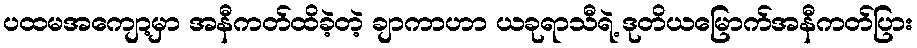
ပထမအကျော့မှာ အနီကတ်ထိခဲ့တဲ့ ချာကာဟာ ယခုရာသီရဲ့ ဒုတိယမြောက်အနီကတ်ပြား